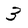
Character: 3